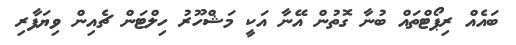
ބައެއް ރިޕޯޓްތައް ބުނާ ގޮތުން އޭނާ އަކީ މަޝްހޫރު ހިލްޓަން ޗެއިން ވިޔަފާރި